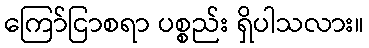
ကြော်ငြာစရာ ပစ္စည်း ရှိပါသလား။